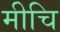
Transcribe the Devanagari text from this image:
मीचि